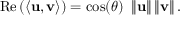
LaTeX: \operatorname { R e } \left( \langle \mathbf { u } , \mathbf { v } \rangle \right) = \cos ( \theta ) \ \left\| \mathbf { u } \right\| \left\| \mathbf { v } \right\| .